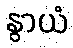
နွာယံ